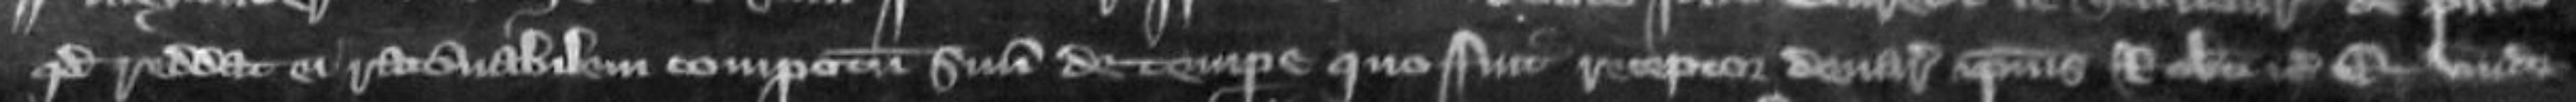
quod reddat ei rationabilem compotum suum de tempore quo fuit receptor denariorum ipsius Roberti etc Et unde